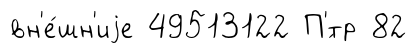
вн'е́шн'иjе 49513122 П'́тр 82